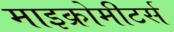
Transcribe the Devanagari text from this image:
माइक्रोमीटर्स